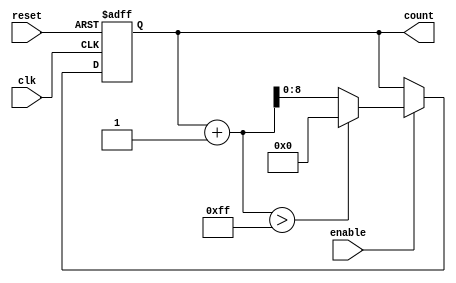
module ParameterizedCounter #(
    parameter MIN_VALUE = 0,
    parameter MAX_VALUE = 255,
    parameter STEP_SIZE = 1
)(
    input wire clk,
    input wire reset,
    input wire enable,
    output reg [$clog2(MAX_VALUE):0] count
);

    // Internal logic
    always @(posedge clk or posedge reset) begin
        if (reset) begin
            // Asynchronous reset
            count <= MIN_VALUE;
        end else if (enable) begin
            // Increment the counter
            if (count + STEP_SIZE > MAX_VALUE) begin
                count <= MIN_VALUE; // Wrap around
            end else begin
                count <= count + STEP_SIZE; // Increment by STEP_SIZE
            end
        end
    end

endmodule